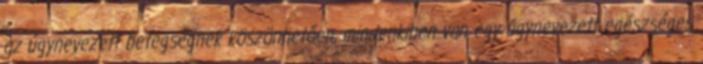
az úgynevezett betegségnek köszönhetően, mindenkiben van egy úgynevezett egészséges